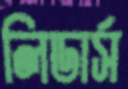
লিডার্স